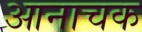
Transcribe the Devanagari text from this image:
आनाचक